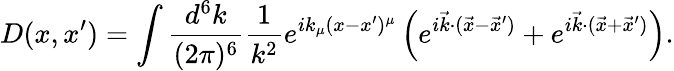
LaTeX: D(x,x^{\prime})=\int{\frac{d^{6}k}{(2\pi)^{6}}}{\frac{1}{k^{2}}}e^{ik_{\mu}(x-x^{\prime})^{\mu}}\left(e^{i{\vec{k}}\cdot({\vec{x}}-{\vec{x}}^{\prime})}+e^{i{\vec{k}}\cdot({\vec{x}}+{\vec{x}}^{\prime})}\right).